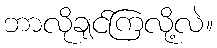
ဘာလိုချင်ကြလို့လဲ။